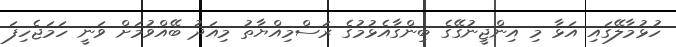
ހުޅުމާލޭގައި އަޅާ މި އިންޖީނުގޭގެ ބިންގާއެޅުމުގެ ރަސްމިއްޔާތު މިއަދު ބޭއްވުމަށް ވަނީ ހަމަޖެހިފަ